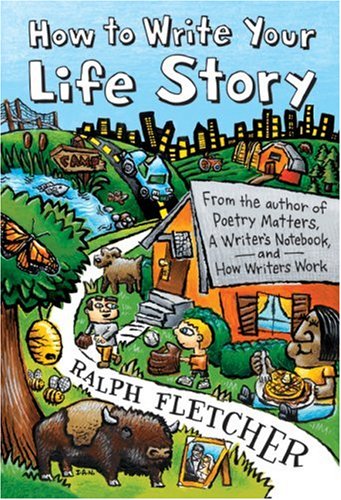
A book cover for How to Write Your Life Story; Ralph Fletcher; Children's Books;